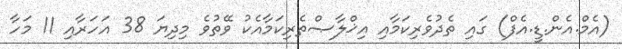
(އެމް.އެން.ޑީ.އެފް) ގައި ތެދުވެރިކަމާއި އިޚްލާޞްތެރިކަމާއެކު ވޭތުވެ މިދިޔަ 38 އަހަރާއި 11 މަހާ